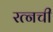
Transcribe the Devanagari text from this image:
रत्‍नची